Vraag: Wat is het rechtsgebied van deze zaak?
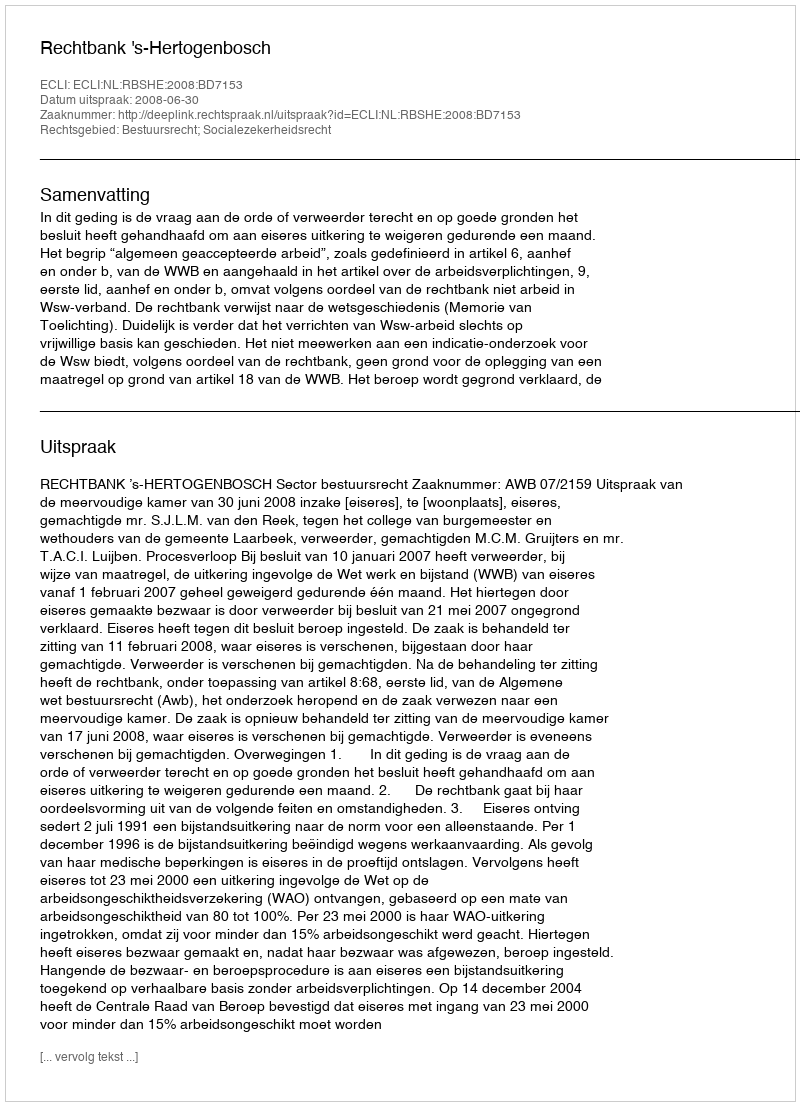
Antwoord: Bestuursrecht; Socialezekerheidsrecht